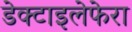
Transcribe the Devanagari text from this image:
डेक्टाइलेफेरा